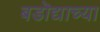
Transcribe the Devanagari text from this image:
बडॊद्याच्या